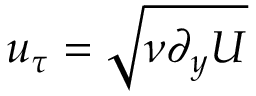
u _ { \tau } = \sqrt { \nu \partial _ { y } U }